Document type: Sale
Year: 1461
Scribe: [Unknown]
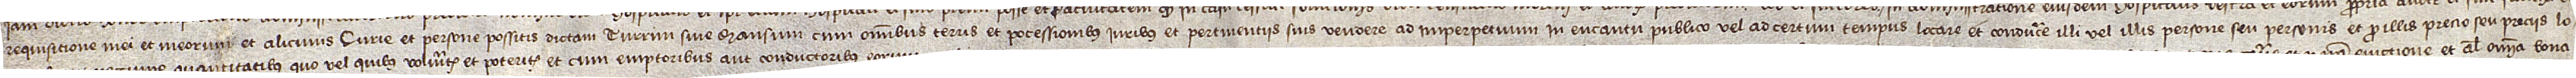
requisitione mei et meorum et alicuius curie et persone possitis dictam turrim sive mansum, cum omnibus terris et pocessionibus, iuribus et pertinenciis suis vendere ad imperpetuum in encantu publico vel ad certum tempus locare et conducere illi vel illis persone seu personis et pro illis precio seu preciis, lo-